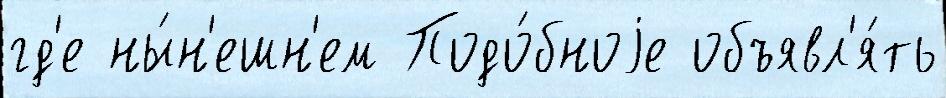
гд'е ны́н'ешн'ем Подо́бноjе объявл'я́ть